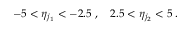
- 5 < \eta _ { j _ { 1 } } < - 2 . 5 \; , \quad 2 . 5 < \eta _ { j _ { 2 } } < 5 \; .